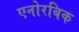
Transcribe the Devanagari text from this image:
एनोरबिक